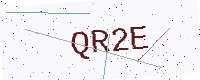
Text: QR2E